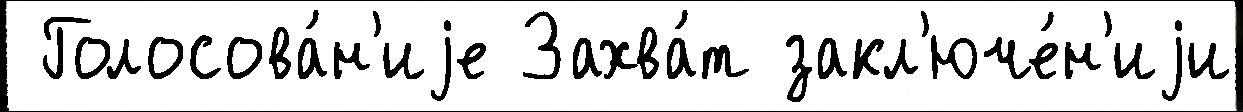
 Голосова́н'иjе Захва́т закл'юче́н'иjи